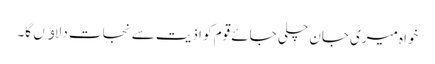
خواہ میری جان چلی جائے قوم کو اذیت سے نجات دلاﺅں گا۔